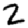
Digit: 2